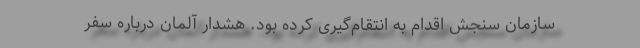
سازمان سنجش اقدام به انتقام‌گیری کرده بود. هشدار آلمان درباره سفر